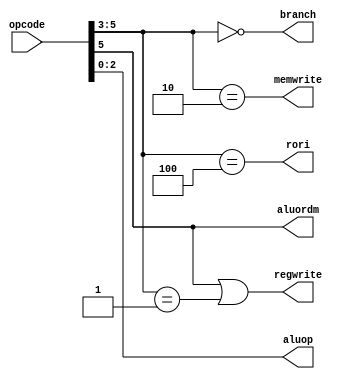
`ifndef _control
`define _control
module control(
    input wire [5:0] opcode,
    output wire regwrite, memwrite, rori, aluordm, branch,
    // rori is r when 1, aluordm is alu when 1
    output wire [2:0] aluop);

    wire [2:0] type = opcode[5:3];

    assign aluop = opcode[2:0];
    assign aluordm = opcode[5];
    assign regwrite = opcode[5] | (type == 3'b001);
    assign rori = (type == 3'b100);
    assign branch = (type == 3'b000);
    assign memwrite = (type == 3'b010);
endmodule
`endif